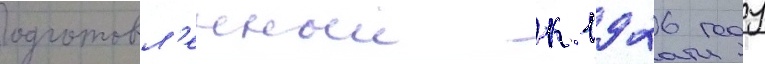
Подготовл'енныи к 1926 году